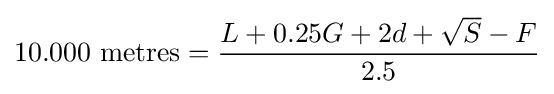
10.000{\mbox{ metres}}={\frac {L+0.25G+2d+{\sqrt {S}}-F}{2.5}}